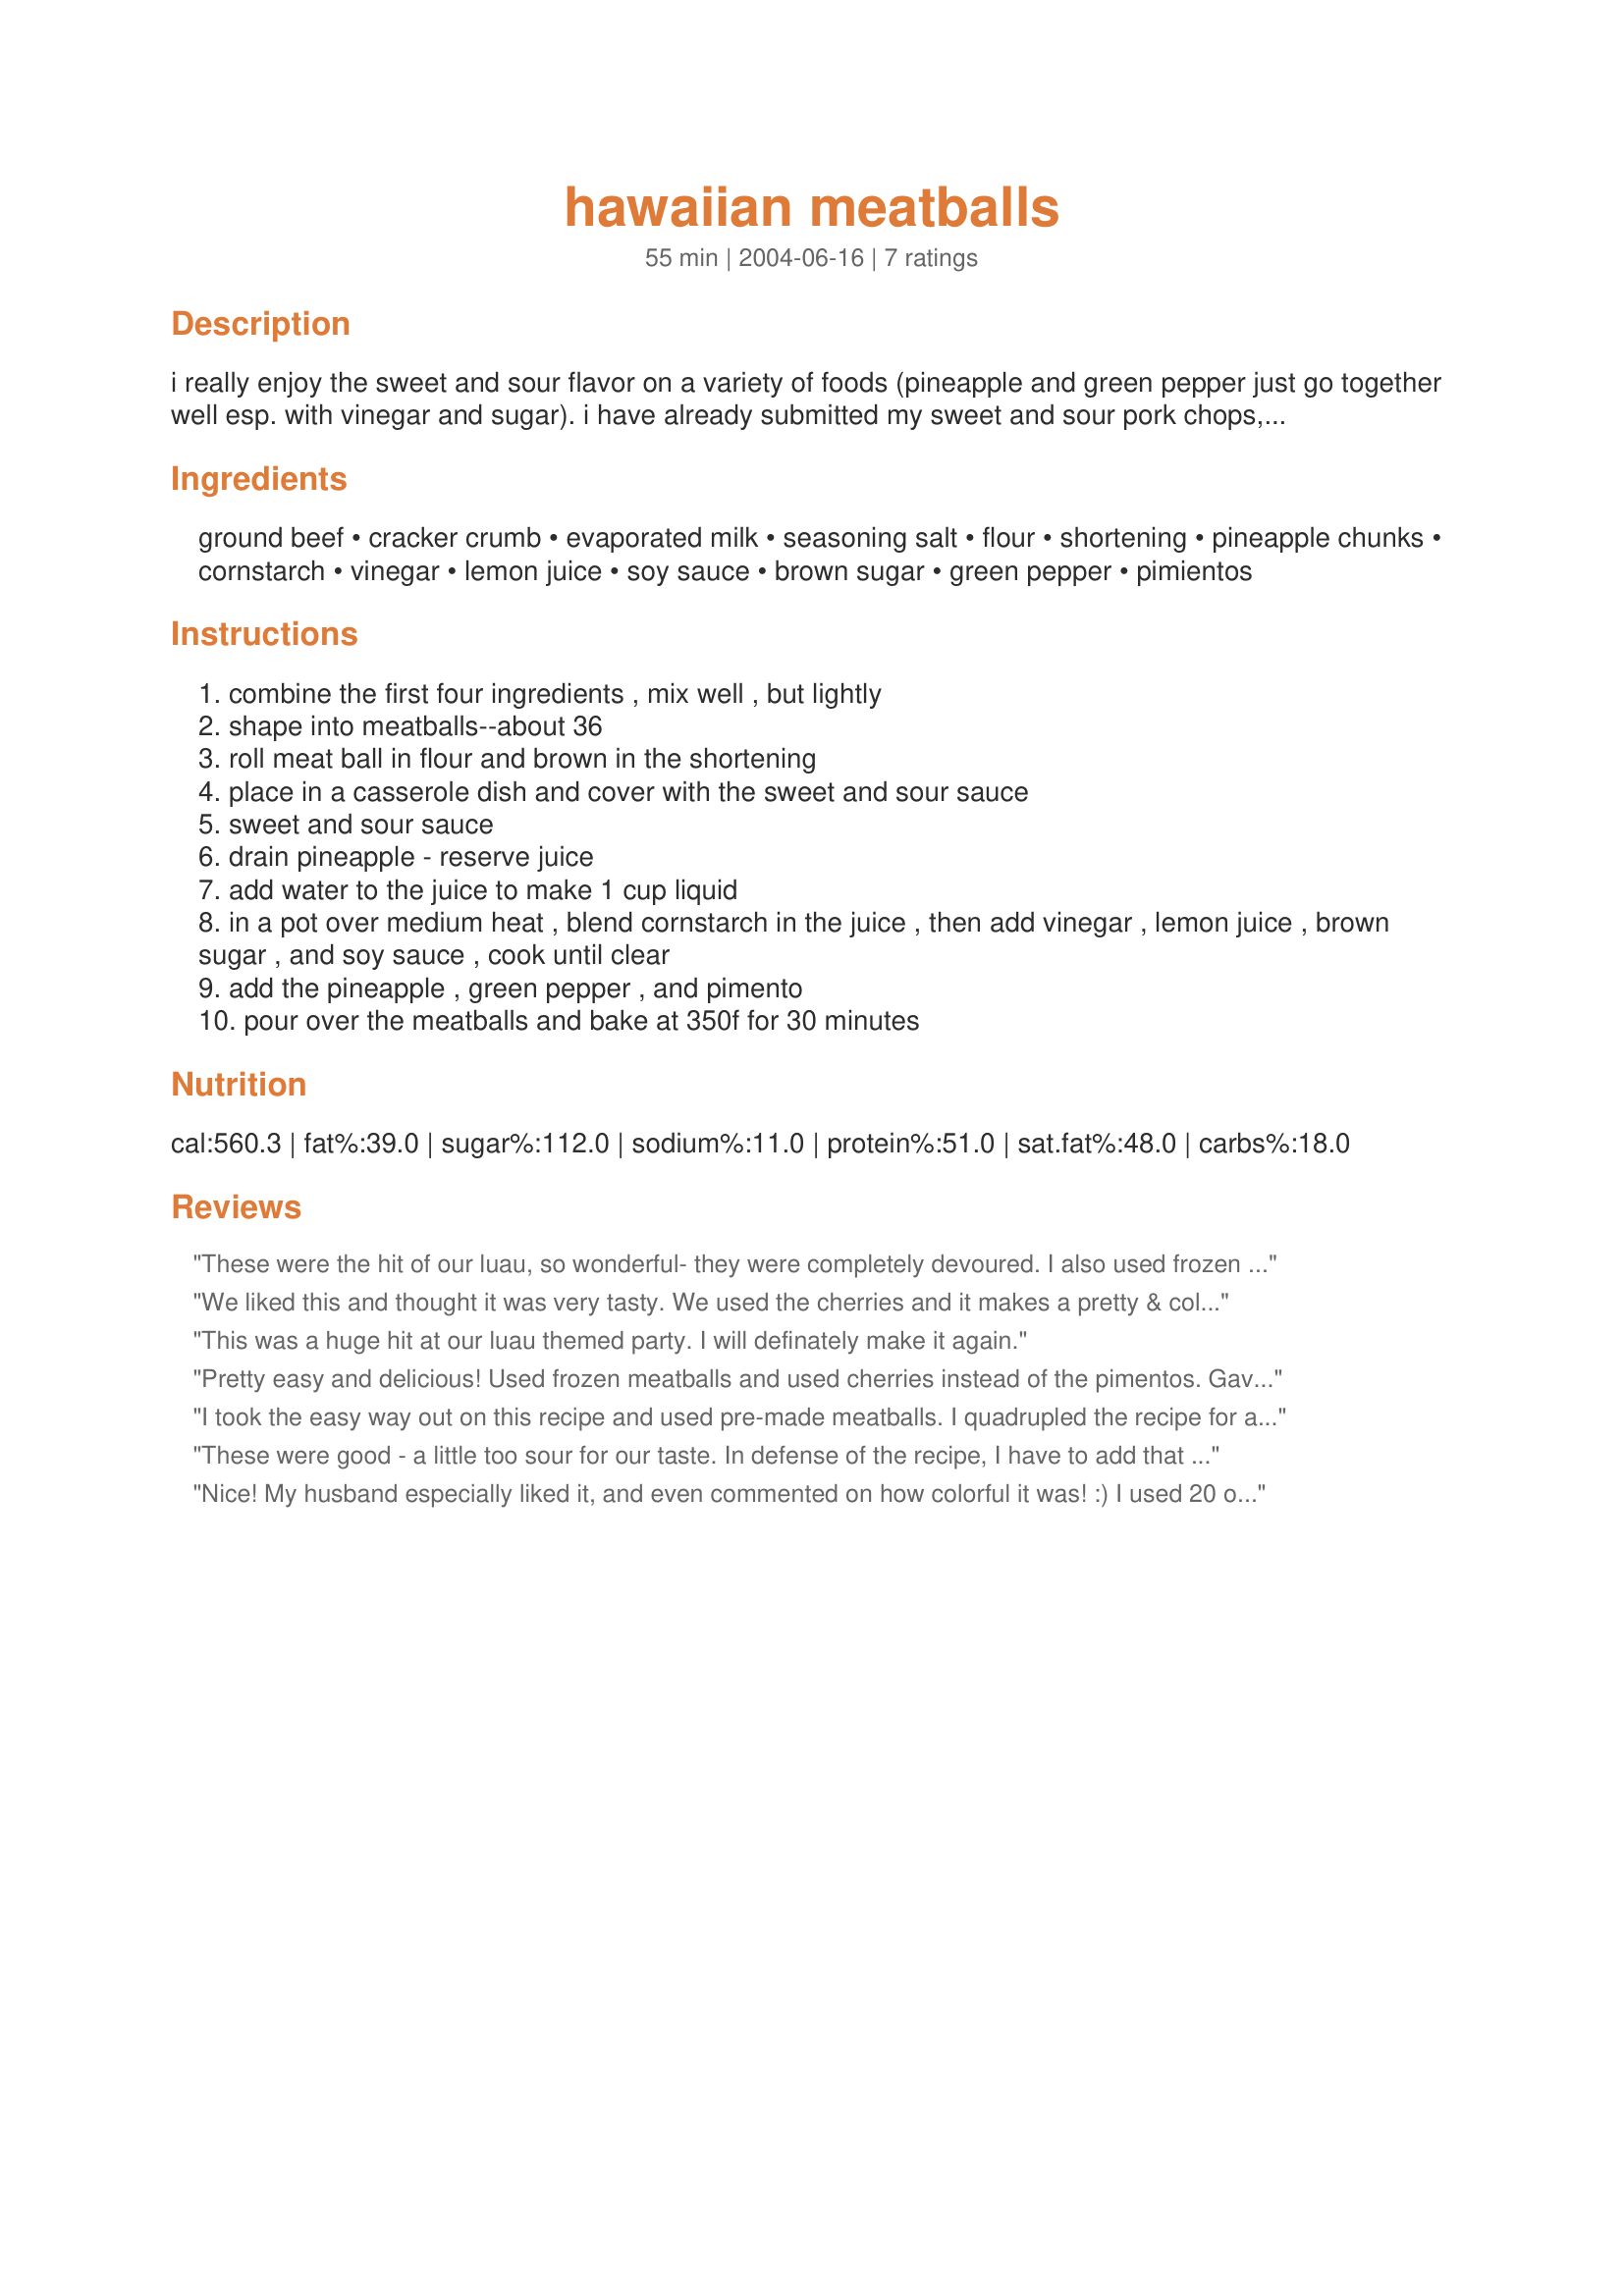
hawaiian meatballs
Preparation time: 55 minutes

i really enjoy the sweet and sour flavor on a variety of foods (pineapple and green pepper just go together well esp. with vinegar and sugar). i have already submitted my sweet and sour pork chops, so here it is for the beef.

Ingredients:
ground beef, cracker crumb, evaporated milk, seasoning salt, flour, shortening, pineapple chunks, cornstarch, vinegar, lemon juice, soy sauce, brown sugar, green pepper, pimientos

Steps:
combine the first four ingredients , mix well , but lightly
shape into meatballs--about 36
roll meat ball in flour and brown in the shortening
place in a casserole dish and cover with the sweet and sour sauce
sweet and sour sauce
drain pineapple - reserve juice
add water to the juice to make 1 cup liquid
in a pot over medium heat , blend cornstarch in the juice , then add vinegar , lemon juice , brown sugar , and soy sauce , cook until clear
add the pineapple , green pepper , and pimento
pour over the meatballs and bake at 350f for 30 minutes

Reviews:
These were the hit of our luau, so wonderful- they were completely devoured. I also used frozen meatballs. Thanks!
We liked this and thought it was very tasty. We used the cherries and it makes a pretty & colorful dish. I recommend getting a good browning of the meatballs before baking - I think it adds to the flavor. This recipe also made the house smell great!
This was a huge hit at our luau themed party. I will definately make it again.
Pretty easy and delicious! Used frozen meatballs and used cherries instead of the pimentos. Gave it a sweetness that i loved! it was a big hit at my Luau Party.
I took the easy way out on this recipe and used pre-made meatballs. I quadrupled the recipe for a party and was concerned about the amounts in the sweet and sour sauce - - but it turned out GREAT! I put the pre-made meatballs in a large pan with oil in a hot oven and shook the pan until the meatballs browned and then proceed with the rest of the recipe. I made this recipe the day before the party and then reheated in the oven and kept warm in a large chafing dish. This dish (if using pre-made meatballs) goes together so easily that next time I would prepare everything the day before, but not cook and reheat - -the peppers were a little too soft. I also used this sauce and mixed it with vegetarian meatballs for our vegetarian friends and heated it the same day. I loved the flavors and everyone at the party seemed to enjoyed this dish. I will be trying the meatball recipe next time around when I am making a smaller quantity. Thanks for posting this recipe - - I suspect I will be using it often!!
These were good - a little too sour for our taste. In defense of the recipe, I have to add that I could not find a 13.5 oz can of pineapple so I used a 20 oz. I used all of the juice from the pineapple with no added water. Maybe that is what made it so tart. The meatballs were great and held their shape. We used the marachino cherries rather than the pimento. I served it over rice with steamed broccoli. This is a good recipe and we will try it again.
Nice! My husband especially liked it, and even commented on how colorful it was! :) I used 20 oz can of pineapple and just used 1/2 cup juice and 1/2 cup water, but I think it would have been fine to use the full amount of juice from the can. I might like the green pepper cooked through a bit more and might saute it up next time and see how that is. I used the (10 oz jar) cherries and frozen meatballs like previous reviewers did. I might try pineapple tidbits next time. And I know this sounds crazy, but I might chop up some spam and throw it in next time for a bit of saltiness to counteract the sweet (Did you know Spam is very popular in Hawaii?). Thanks for the fun new recipe!
